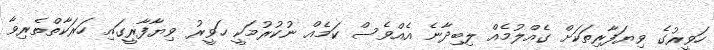
ހަވީރުގެ ވިޔަފާރިތަކަށް ގެއްލުމެއް ލިބިދާނެ އެއްވެސް ކަމެއް ނުކުރުމަކީ ހަވީރު ވިޔާފާރީގައި ހަރަކާތްތެރިވާ